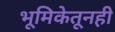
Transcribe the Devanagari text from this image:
भूमिकेतूनही